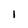
Character: 1